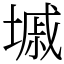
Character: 墄